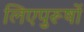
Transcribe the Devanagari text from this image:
लिएपुरूषों